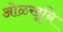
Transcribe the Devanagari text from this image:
ओळखूनि